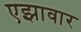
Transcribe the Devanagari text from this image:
एझावार